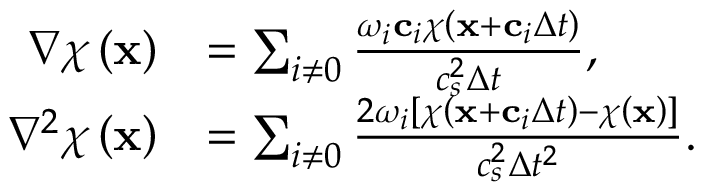
\begin{array} { r l } { \nabla \chi \left( \mathbf { x } \right) } & { = \sum _ { i \neq 0 } \frac { \omega _ { i } \mathbf { c } _ { i } \chi \left( \mathbf { x } + \mathbf { c } _ { i } \Delta t \right) } { c _ { s } ^ { 2 } \Delta t } , } \\ { \nabla ^ { 2 } \chi \left( \mathbf { x } \right) } & { = \sum _ { i \neq 0 } \frac { 2 \omega _ { i } \left[ \chi \left( \mathbf { x } + \mathbf { c } _ { i } \Delta t \right) - \chi \left( \mathbf { x } \right) \right] } { c _ { s } ^ { 2 } \Delta t ^ { 2 } } . } \end{array}